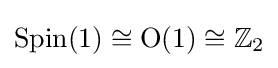
\operatorname {Spin} (1)\cong \operatorname {O} (1)\cong \mathbb {Z} _{2}